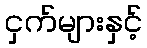
ငှက်များနှင့်